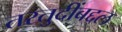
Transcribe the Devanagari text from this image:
तरतुदींबद्दल